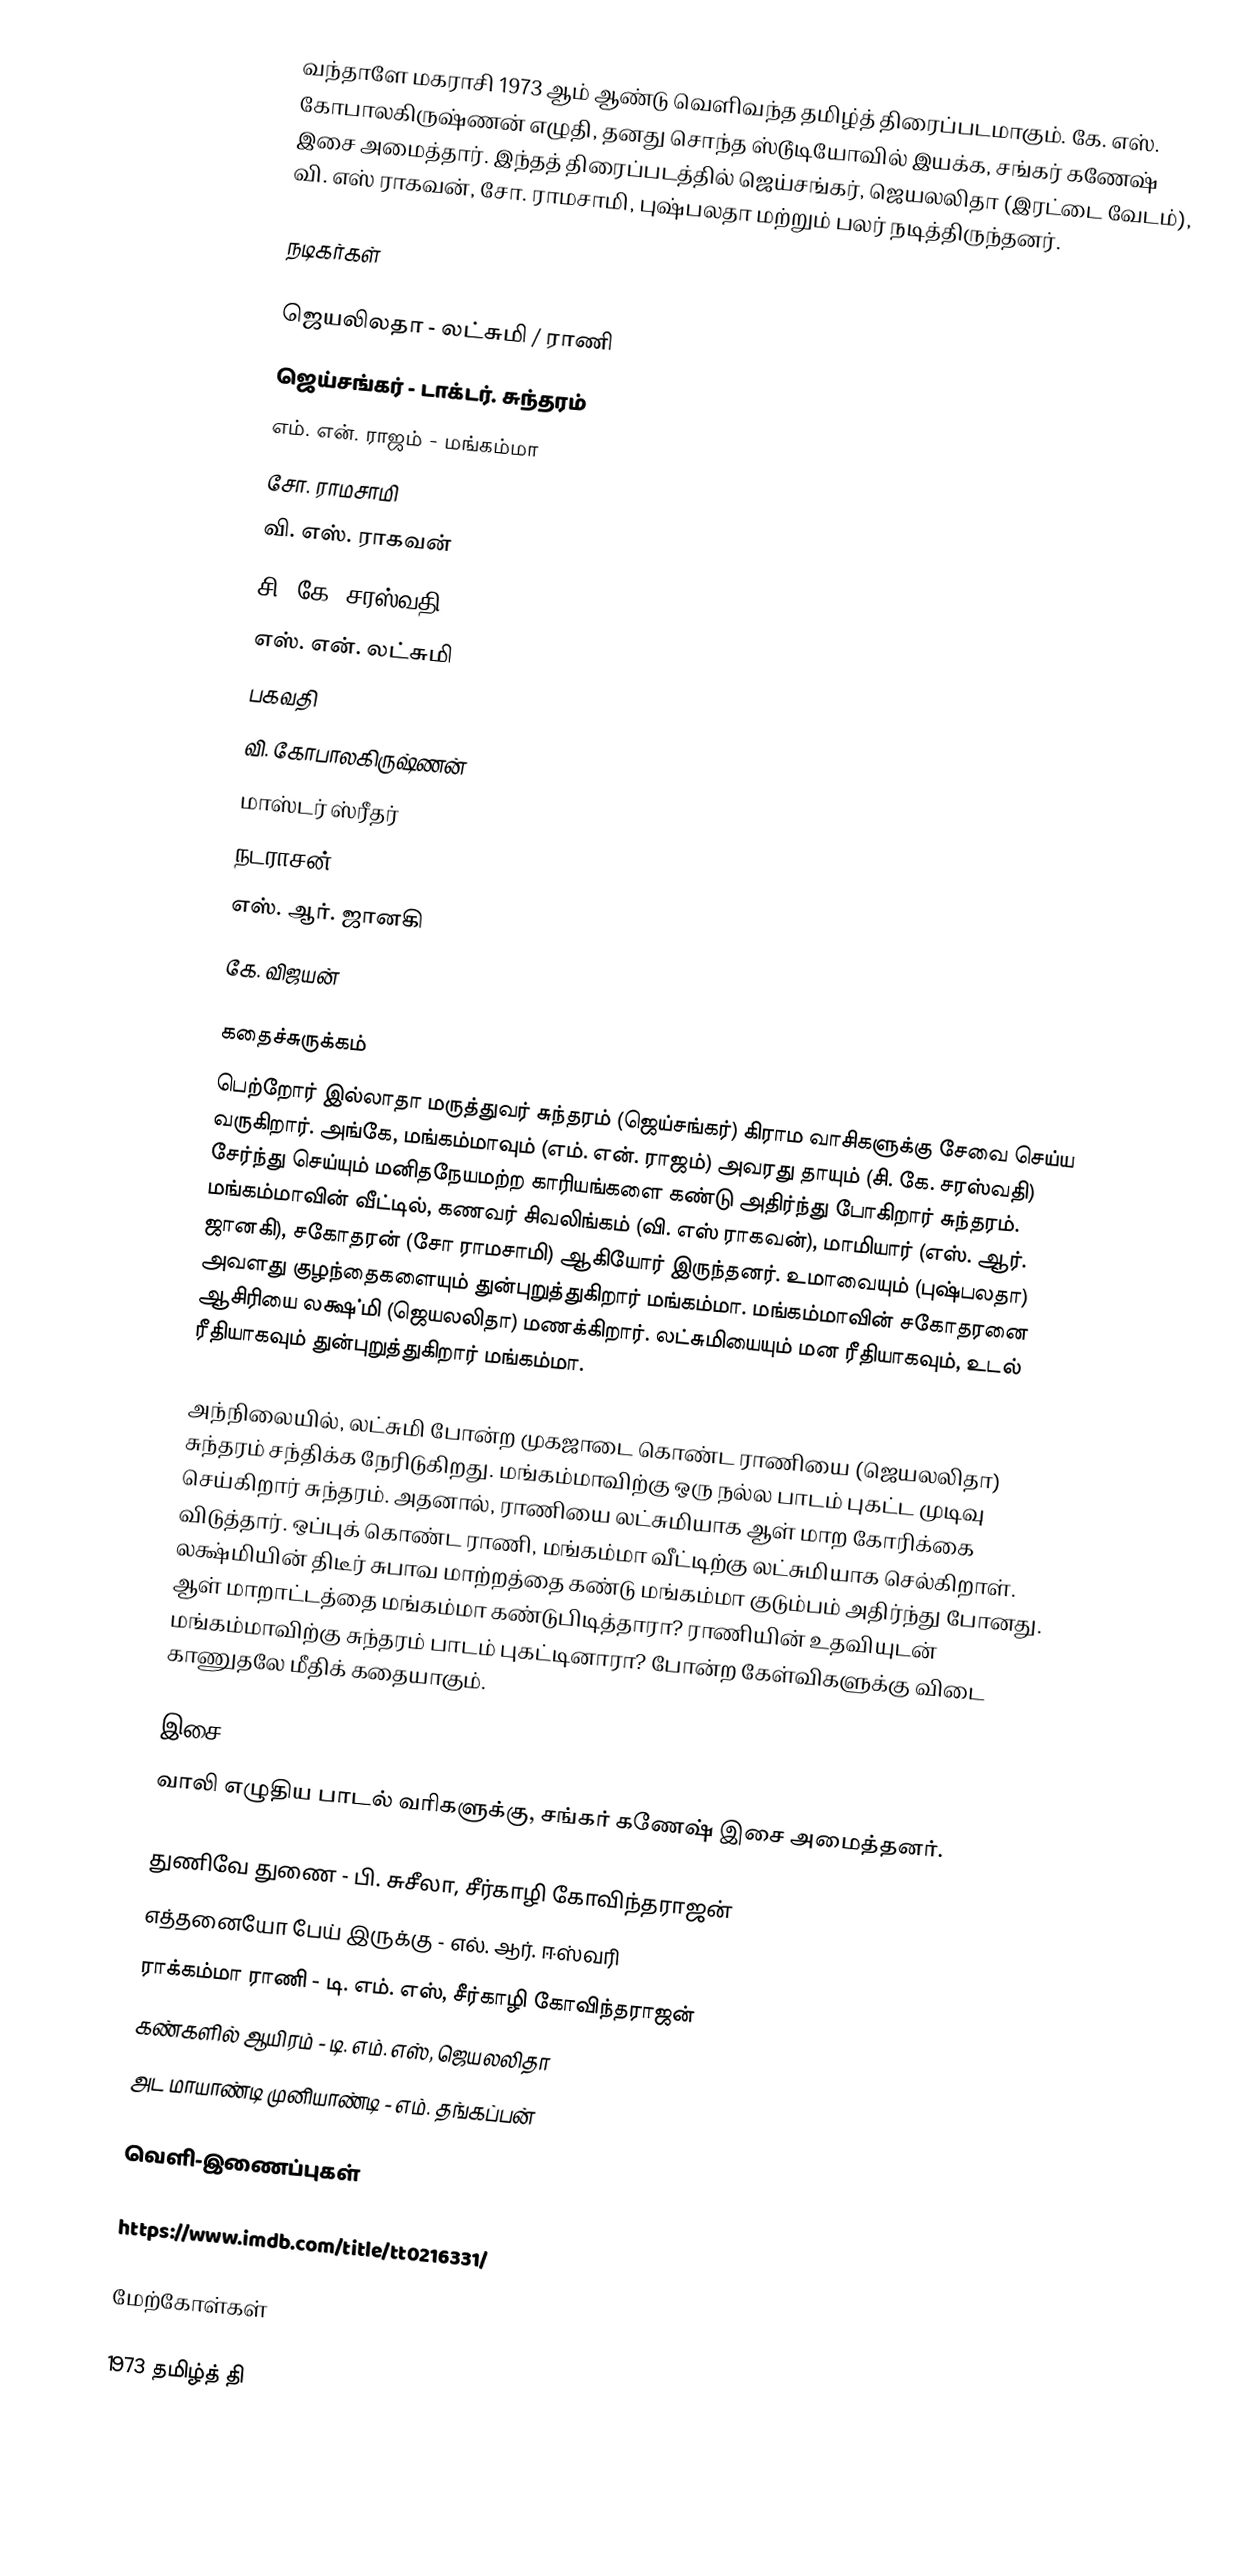
வந்தாளே மகராசி 1973 ஆம் ஆண்டு வெளிவந்த தமிழ்த் திரைப்படமாகும். கே. எஸ். கோபாலகிருஷ்ணன் எழுதி, தனது சொந்த ஸ்டூடியோவில் இயக்க, சங்கர் கணேஷ் இசை அமைத்தார். இந்தத் திரைப்படத்தில் ஜெய்சங்கர், ஜெயலலிதா (இரட்டை வேடம்), வி. எஸ் ராகவன், சோ. ராமசாமி, புஷ்பலதா மற்றும் பலர் நடித்திருந்தனர்.

நடிகர்கள்

 ஜெயலிலதா - லட்சுமி / ராணி
 ஜெய்சங்கர் - டாக்டர். சுந்தரம்
 எம். என். ராஜம் - மங்கம்மா
 சோ. ராமசாமி
 வி. எஸ். ராகவன்
 சி. கே. சரஸ்வதி
 எஸ். என். லட்சுமி
 பகவதி
 வி. கோபாலகிருஷ்ணன்
 மாஸ்டர் ஸ்ரீதர்
 நடராசன்
 எஸ். ஆர். ஜானகி
 கே. விஜயன்

கதைச்சுருக்கம்
பெற்றோர் இல்லாதா மருத்துவர் சுந்தரம் (ஜெய்சங்கர்) கிராம வாசிகளுக்கு சேவை செய்ய வருகிறார். அங்கே, மங்கம்மாவும் (எம். என். ராஜம்) அவரது தாயும் (சி. கே. சரஸ்வதி) சேர்ந்து செய்யும் மனிதநேயமற்ற காரியங்களை கண்டு அதிர்ந்து போகிறார் சுந்தரம். மங்கம்மாவின் வீட்டில், கணவர் சிவலிங்கம் (வி. எஸ் ராகவன்), மாமியார் (எஸ். ஆர். ஜானகி), சகோதரன் (சோ ராமசாமி) ஆகியோர் இருந்தனர். உமாவையும் (புஷ்பலதா) அவளது குழந்தைகளையும் துன்புறுத்துகிறார் மங்கம்மா. மங்கம்மாவின் சகோதரனை ஆசிரியை லக்ஷ்மி (ஜெயலலிதா) மணக்கிறார். லட்சுமியையும் மன ரீதியாகவும், உடல் ரீதியாகவும் துன்புறுத்துகிறார் மங்கம்மா.

அந்நிலையில், லட்சுமி போன்ற முகஜாடை கொண்ட ராணியை (ஜெயலலிதா) சுந்தரம் சந்திக்க நேரிடுகிறது. மங்கம்மாவிற்கு ஒரு நல்ல பாடம் புகட்ட முடிவு செய்கிறார் சுந்தரம். அதனால், ராணியை லட்சுமியாக ஆள் மாற கோரிக்கை விடுத்தார். ஒப்புக் கொண்ட ராணி, மங்கம்மா வீட்டிற்கு லட்சுமியாக செல்கிறாள். லக்ஷ்மியின் திடீர் சுபாவ மாற்றத்தை கண்டு மங்கம்மா குடும்பம் அதிர்ந்து போனது. ஆள் மாறாட்டத்தை மங்கம்மா கண்டுபிடித்தாரா? ராணியின் உதவியுடன் மங்கம்மாவிற்கு சுந்தரம் பாடம் புகட்டினாரா? போன்ற கேள்விகளுக்கு விடை காணுதலே மீதிக் கதையாகும்.

இசை
வாலி எழுதிய பாடல் வரிகளுக்கு, சங்கர் கணேஷ் இசை அமைத்தனர்.

 துணிவே துணை - பி. சுசீலா, சீர்காழி கோவிந்தராஜன்
 எத்தனையோ பேய் இருக்கு - எல். ஆர். ஈஸ்வரி
 ராக்கம்மா ராணி - டி. எம். எஸ், சீர்காழி கோவிந்தராஜன்
 கண்களில் ஆயிரம் - டி. எம். எஸ், ஜெயலலிதா
 அட மாயாண்டி முனியாண்டி - எம். தங்கப்பன்

வெளி-இணைப்புகள்

 https://www.imdb.com/title/tt0216331/

மேற்கோள்கள்

1973 தமிழ்த் தி